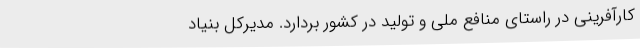
کارآفرینی در راستای منافع ملی و تولید در کشور بردارد. مدیرکل بنیاد